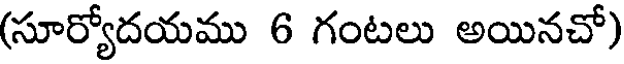
(సూర్యోదయము 6 గంటలు అయినచో)